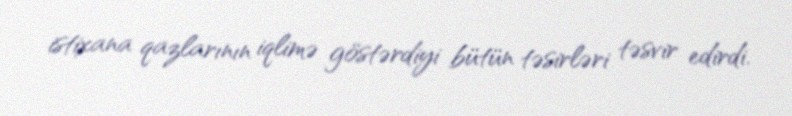
istixana qazlarının iqlimə göstərdiyi bütün təsirləri təsvir edirdi.